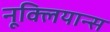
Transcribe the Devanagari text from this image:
नूक्लियान्स